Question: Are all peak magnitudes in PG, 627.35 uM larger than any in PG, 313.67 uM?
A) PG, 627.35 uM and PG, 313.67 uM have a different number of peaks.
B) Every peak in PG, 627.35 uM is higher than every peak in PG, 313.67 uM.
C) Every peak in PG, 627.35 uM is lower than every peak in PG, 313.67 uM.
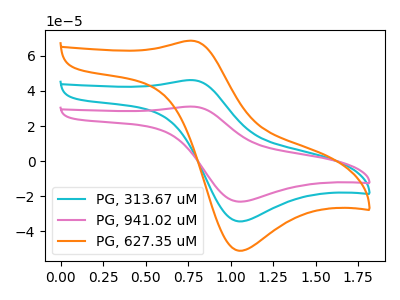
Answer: <think>The cyan curve "PG, 313.67 uM" has an anodic peak at (0.75V, 46.25uA) and a cathodic peak at (1.05V, -34.45uA). The pink curve "PG, 941.02 uM" has an anodic peak at (0.75V, 92.45uA) and a cathodic peak at (1.05V, -68.85uA). The orange curve "PG, 627.35 uM" has an anodic peak at (0.75V, 68.70uA) and a cathodic peak at (1.05V, -51.15uA).</think>
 <answer>B) Every peak in "PG, 627.35 uM" is higher than every peak in "PG, 313.67 uM".</answer>
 <eval>B</eval>